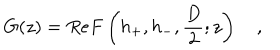
LaTeX: G ( z ) = R e F \left( h _ { + } , h _ { - } , \frac { D } { 2 } ; z \right) \quad ,